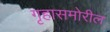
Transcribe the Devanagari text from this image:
गृहासमोरील